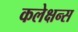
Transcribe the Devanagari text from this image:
कलेक्षन्स